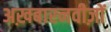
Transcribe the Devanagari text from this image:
अख़बारनवीज़ों